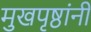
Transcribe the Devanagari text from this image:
मुखपृष्ठांनी